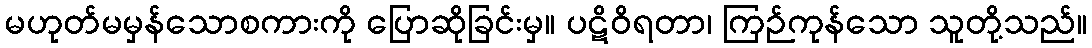
မဟုတ်မမှန်သောစကားကို ပြောဆိုခြင်းမှ။ ပဋိဝိရတာ၊ ကြဉ်ကုန်သော သူတို့သည်။